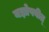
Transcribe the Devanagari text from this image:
यज्ञोपवीत्